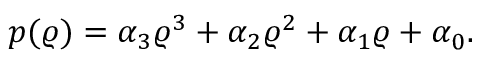
p ( \varrho ) = \alpha _ { 3 } \varrho ^ { 3 } + \alpha _ { 2 } \varrho ^ { 2 } + \alpha _ { 1 } \varrho + \alpha _ { 0 } .